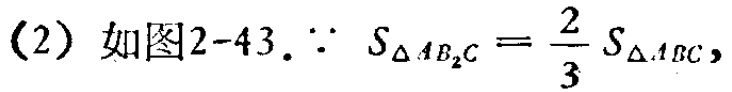
（2）如图2-43. $\because S_{\triangle AB_{2}C}=\frac{2}{3}S_{\triangle ABC},$